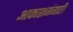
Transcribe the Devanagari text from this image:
आकाशगंगाएँ।